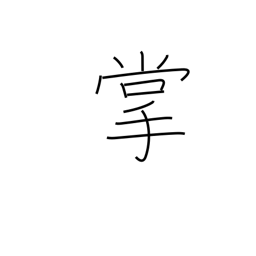
Meaning: palm of hand